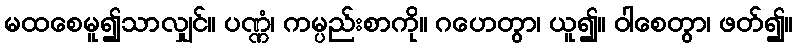
မထစေမူ၍သာလျှင်။ ပဏ္ဏံ၊ ကမ္ပည်းစာကို။ ဂဟေတွာ၊ ယူ၍။ ဝါစေတွာ၊ ဖတ်၍။